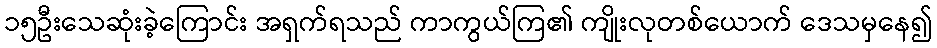
၁၅ဦးသေဆုံးခဲ့ကြောင်း အရှက်ရသည် ကာကွယ်ကြ၏ ကျိုးလုတစ်ယောက် ဒေသမှနေ၍